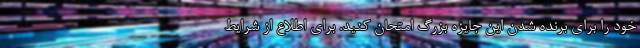
خود را برای برنده شدن این جایزه بزرگ امتحان کنید. برای اطلاع از شرایط